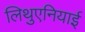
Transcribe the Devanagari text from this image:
लिथुएनियाई